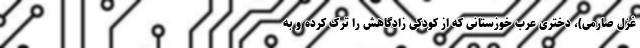
غزل صارمی)، دختری عرب خوزستانی که از کودکی زادگاهش را ترک کرده و به